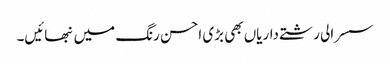
سسرالی رشتے داریاں بھی بڑی احسن رنگ میں نبھائیں۔